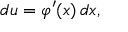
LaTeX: d u = \varphi ^ { \prime } ( x ) \, d x ,